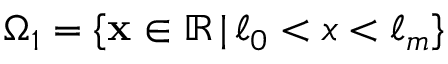
\Omega _ { 1 } = \{ \mathbf { x } \in \mathbb { R } \, | \, \ell _ { 0 } < x < \ell _ { m } \}